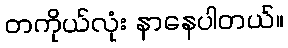
တကိုယ်လုံး နာနေပါတယ်။